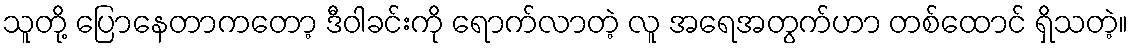
သူတို့ ပြောနေတာကတော့ ဒီဝါခင်းကို ရောက်လာတဲ့ လူ အရေအတွက်ဟာ တစ်ထောင် ရှိသတဲ့။